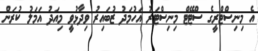
އެ މިނިސްޓްރީގެ ސްޓޭޓް މިނިސްޓަރު އަހުމަދު ޒުބައިރު ވިދާޅުވީ މިއަދު އަމަލު ކުރަން